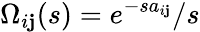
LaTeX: \Omega_{i\mathbf{j}}(s)=e^{-sa_{i\mathbf{j}}}/s